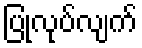
ပြုလုပ်လျက်